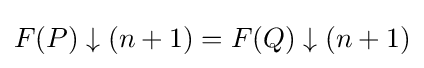
F(P)\downarrow (n+1)=F(Q)\downarrow (n+1)